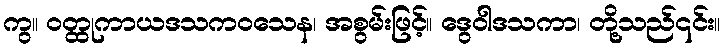
ကွ။ ဝတ္ထုကာယဒသကဝသေန၊ အစွမ်းဖြင့်။ ဒွေဝါဒသကာ၊ တို့သည်၎င်း။